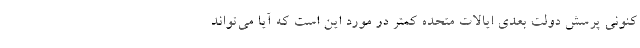
کنونی پرسش دولت بعدی ایالات متحده کمتر در مورد این است که آیا می‌تواند